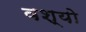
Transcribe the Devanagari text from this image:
वश्यो